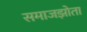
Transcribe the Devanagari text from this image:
समाजझोता